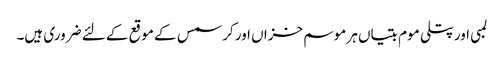
لمبی اور پتلی موم بتیاں ہر موسم خزاں اور کرسمس کے موقع کے لئے ضروری ہیں۔